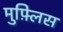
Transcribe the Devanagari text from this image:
मुफ़्लिस